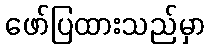
ဖော်ပြထားသည်မှာ